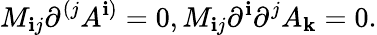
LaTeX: M_{\mathbf{i}j}\partial^{(j}A^{\mathbf{i})}=0,M_{\mathbf{i}j}\partial^{\mathbf{i}}\partial^{j}A_{\mathbf{k}}=0.